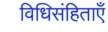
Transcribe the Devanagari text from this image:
विधिसंहिताएँ